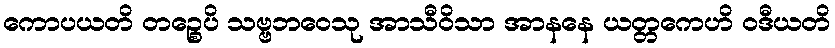
ကောပယတိ တဉ္စေပိ သဗ္ဗဘဝေသု အာသီဝိသာ အာနနေ ယတ္တကေဟိ ဝဒီယတိ